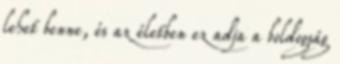
lehet benne, és az életben ez adja a boldogság